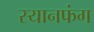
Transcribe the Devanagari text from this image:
स्यानफंग